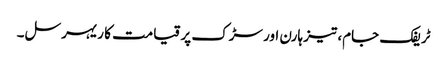
ٹریفک جام، تیز ہارن اور سڑک پر قیامت کا ریہرسل۔